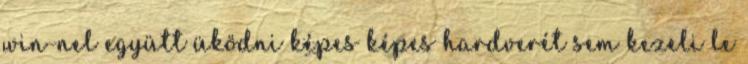
win-nel együtt üködni képes képes hardverét sem kezeli le